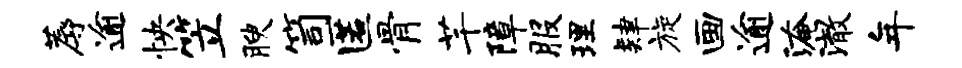
蓐逾怏笠腴笥匿骨芊障服理肄旋画逾淹澈年